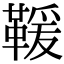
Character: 𩋫